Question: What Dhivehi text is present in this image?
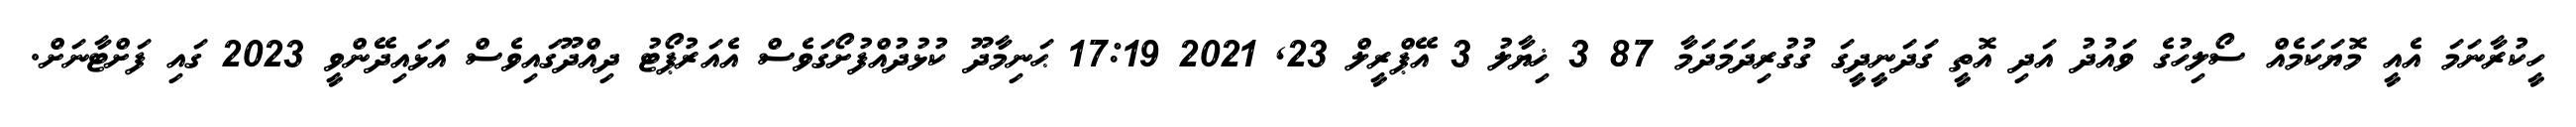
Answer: ހީކުރާނަމަ އެއީ މޮޔަކަމެއް ސޯލިހުގެ ވައުދު އަދި އޮތީ ގަދަނީދީގަ ގުގުރިދަމަދަމާ 87 3 ޚިޔާލު 3 އޭޕްރީލް 23, 2021 17:19 ޙަނިމާދޫ ކުޅުދުއްފުށޯގަވެސް އެއަރުޕޯޓު ދިއްދޫގައިވެސް އަޅައިދޭންވީ 2023 ގައި ފަށްޓާނަށް.